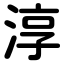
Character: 淳